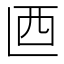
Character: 𰀾